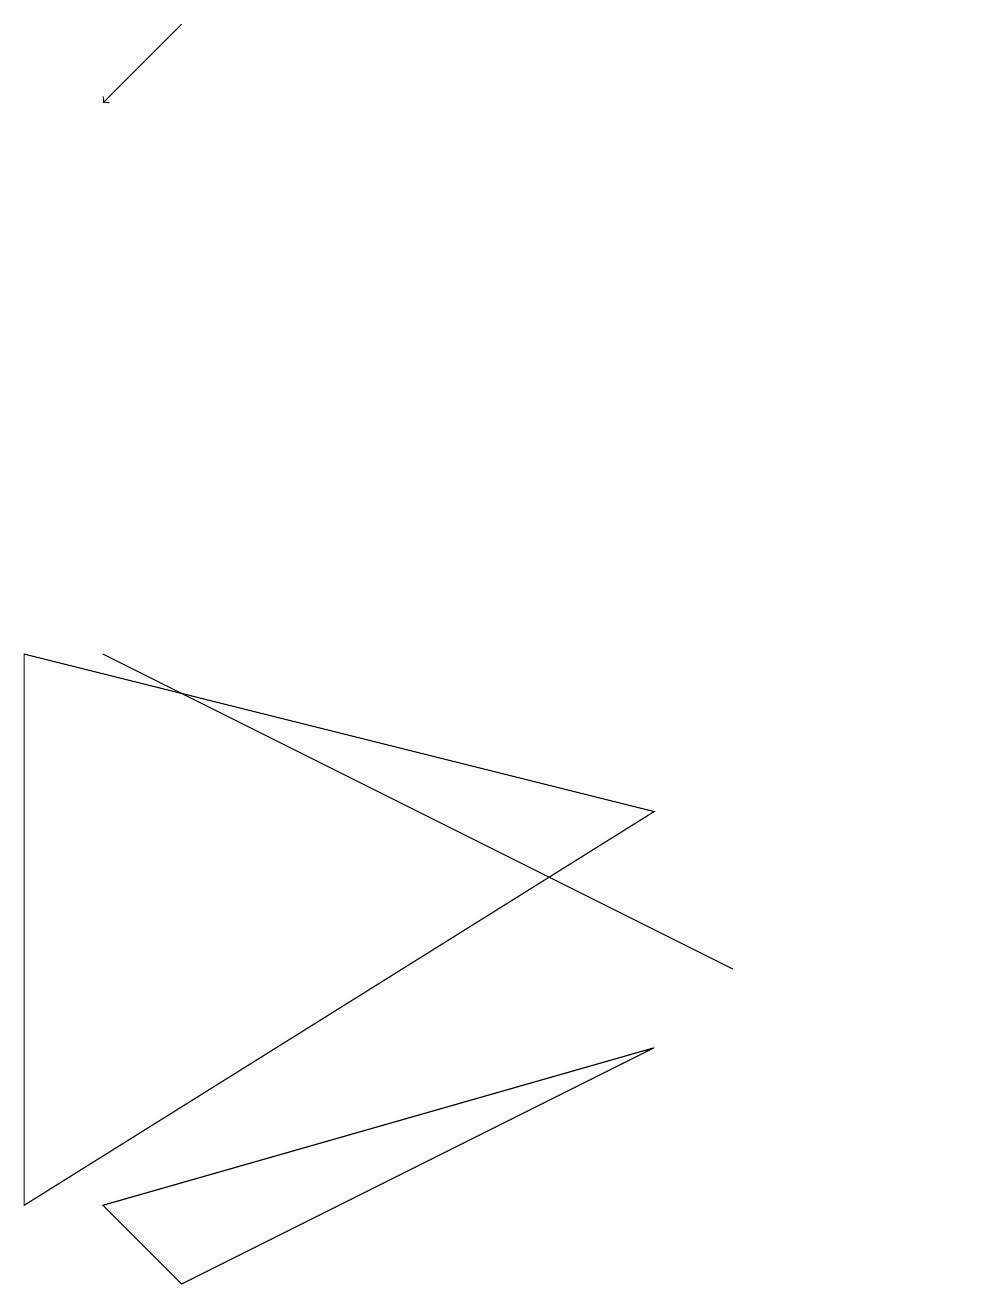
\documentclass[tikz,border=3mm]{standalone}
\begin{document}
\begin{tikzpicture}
\draw (0,8) -- (0,1) -- (8,6) -- cycle;
\draw (12,11) circle (0);
\draw (2,0) -- (1,1) -- (8,3) -- cycle;
\draw[->] (2,16) -- (1,15);
\draw (7,5) -- (9,4) -- (1,8) -- cycle;
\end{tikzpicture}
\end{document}